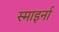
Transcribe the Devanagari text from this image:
स्माइर्ना